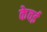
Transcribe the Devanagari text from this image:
केवई